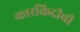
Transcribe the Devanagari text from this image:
कारकिदीची